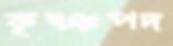
কৃষ্ঞপদ